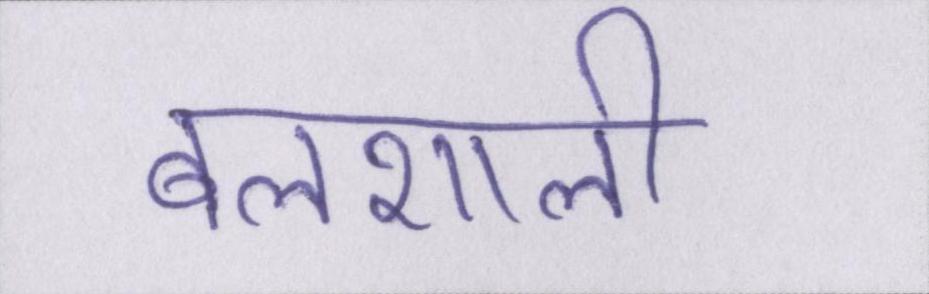
बलशाली